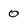
Character: 0